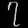
Digit: ၇